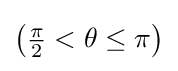
{\textstyle \left({\frac {\pi }{2}}<\theta \leq \pi \right)}